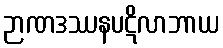
ဉာဏဒဿနပဋိလာဘာယ